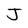
Character: J